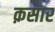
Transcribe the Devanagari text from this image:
क़सार